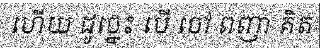
ហើយ ដូច្នេះ បើ ចៅ ពញា គិត